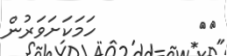
٩٧         ހަމަކަށަވަރުން